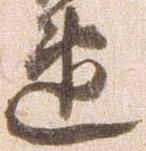
速